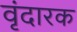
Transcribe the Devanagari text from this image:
वृंदारक